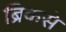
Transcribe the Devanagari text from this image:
ब्रिकसे